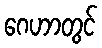
ဂေဟာတွင်